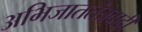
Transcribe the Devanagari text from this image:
अभिजाततंत्रवादी